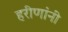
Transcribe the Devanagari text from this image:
हरीणांनी